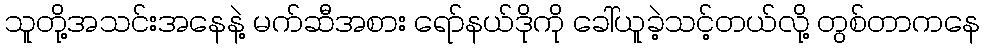
သူတို့အသင်းအနေနဲ့ မက်ဆီအစား ရော်နယ်ဒိုကို ခေါ်ယူခဲ့သင့်တယ်လို့ တွစ်တာကနေ